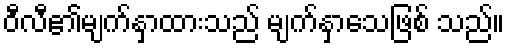
ဝီလီ၏မျက်နှာထားသည် မျက်နှာသေဖြစ် သည်။